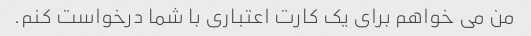
من می خواهم برای یک کارت اعتباری با شما درخواست کنم.